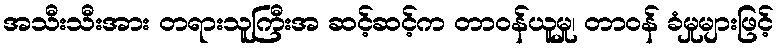
အသီးသီးအား တရားသူကြီးအ ဆင့်ဆင့်က တာဝန်ယူမှု၊ တာဝန် ခံမှုများဖြင့်